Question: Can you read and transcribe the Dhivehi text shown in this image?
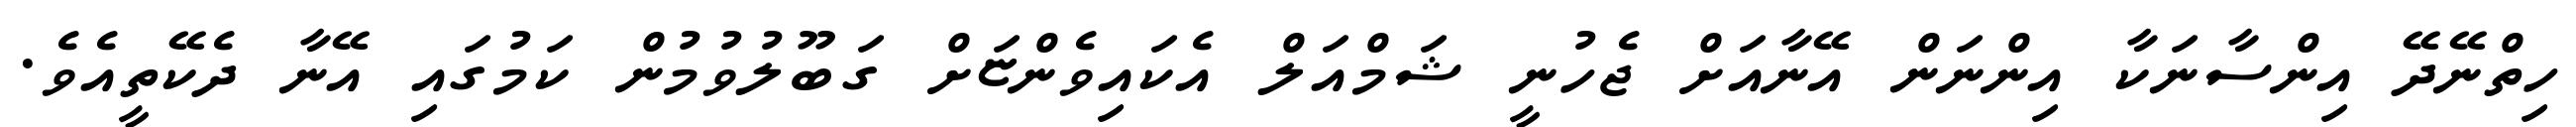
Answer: ހިތްނޭދޭ އިންސާނަކާ އިންނަން އޭނާއަށް ޖެހުނީ ޝަމްއަލް އެކައިވެންޏަށް ގަބޫލުވުމުން ކަމުގައި އޭނާ ދެކޭތީއެވެ.